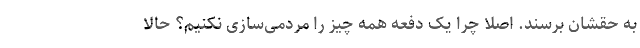
به حقشان برسند. اصلا چرا یک دفعه همه چیز را مردمی‌سازی نکنیم؟ حالا